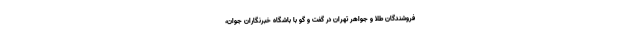
فروشندگان طلا و جواهر تهران در گفت و گو با باشگاه خبرنگاران جوان،